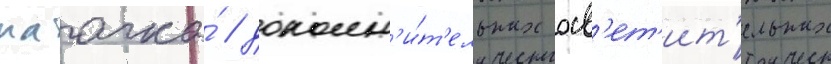
маачка́ / дополн'и́т'ельных осв'ет'ит'ельных